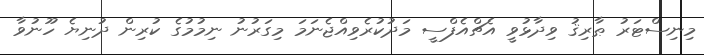
މިނިސްޓަރު ޠާރިޤު ވިދާޅުވީ އެޗްއެފްސީ މަދުކުރެވިއްޖެނަމަ މިގަރުނު ނިމުމުގެ ކުރިން ދުނިޔެ ހޫނުވާ